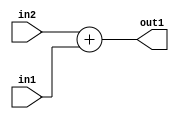
`timescale 1ps / 1ps
/*****************************************************************************
    Verilog RTL Description
    
    
    Created by: Stratus DpOpt 2019.1.01 
*******************************************************************************/

module feature_write_addr_gen_Add_32Ux1U_32U_4_2 (
	in2,
	in1,
	out1
	); /* architecture "behavioural" */ 
input [31:0] in2;
input  in1;
output [31:0] out1;
wire [31:0] asc001;

assign asc001 = 
	+(in2)
	+(in1);

assign out1 = asc001;
endmodule

/* CADENCE  ubDySAw= : u9/ySgnWtBlWxVPRXgAZ4Og= ** DO NOT EDIT THIS LINE ******/